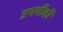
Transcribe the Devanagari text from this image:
उपपीठों